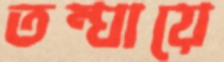
তম্ঘায়ে